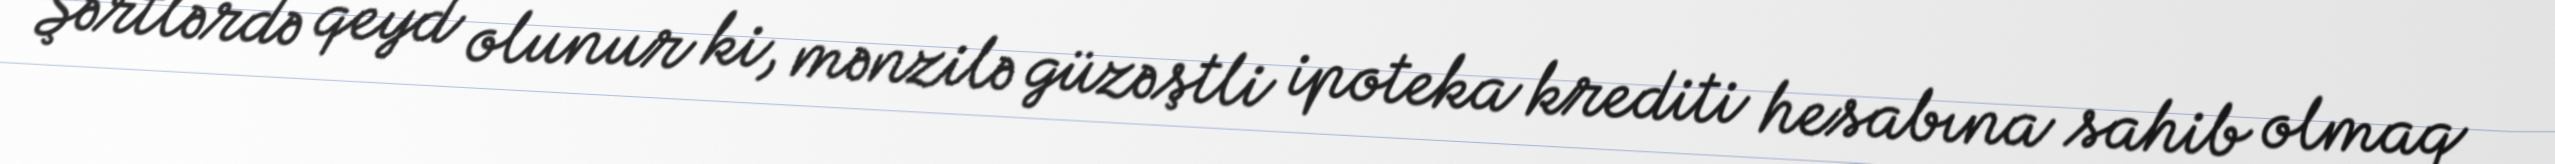
Şərtlərdə qeyd olunur ki, mənzilə güzəştli ipoteka krediti hesabına sahib olmaq